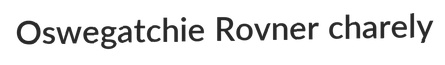
Oswegatchie Rovner charely